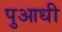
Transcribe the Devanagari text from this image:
पुआधी